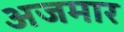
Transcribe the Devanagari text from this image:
अजमार